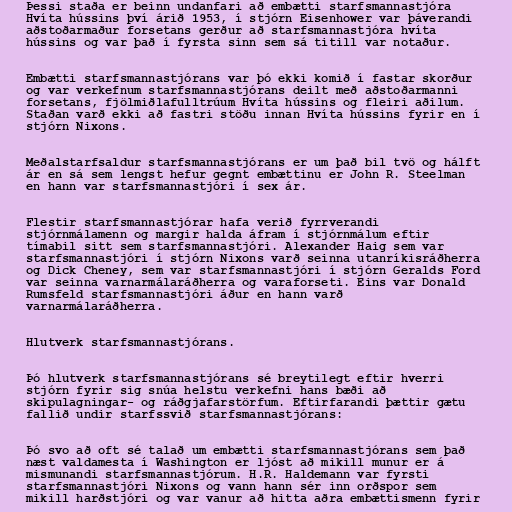
Þessi staða er beinn undanfari að embætti starfsmannastjóra
Hvíta hússins því árið 1953, í stjórn Eisenhower var þáverandi
aðstoðarmaður forsetans gerður að starfsmannastjóra hvíta
hússins og var það í fyrsta sinn sem sá titill var notaður.

Embætti starfsmannastjórans var þó ekki komið í fastar skorður
og var verkefnum starfsmannastjórans deilt með aðstoðarmanni
forsetans, fjölmiðlafulltrúum Hvíta hússins og fleiri aðilum.
Staðan varð ekki að fastri stöðu innan Hvíta hússins fyrir en í
stjórn Nixons.

Meðalstarfsaldur starfsmannastjórans er um það bil tvö og hálft
ár en sá sem lengst hefur gegnt embættinu er John R. Steelman
en hann var starfsmannastjóri í sex ár.

Flestir starfsmannastjórar hafa verið fyrrverandi
stjórnmálamenn og margir halda áfram í stjórnmálum eftir
tímabil sitt sem starfsmannastjóri. Alexander Haig sem var
starfsmannastjóri í stjórn Nixons varð seinna utanríkisráðherra
og Dick Cheney, sem var starfsmannastjóri í stjórn Geralds Ford
var seinna varnarmálaráðherra og varaforseti. Eins var Donald
Rumsfeld starfsmannastjóri áður en hann varð
varnarmálaráðherra.

Hlutverk starfsmannastjórans.

Þó hlutverk starfsmannastjórans sé breytilegt eftir hverri
stjórn fyrir sig snúa helstu verkefni hans bæði að
skipulagningar- og ráðgjafarstörfum. Eftirfarandi þættir gætu
fallið undir starfssvið starfsmannastjórans:

Þó svo að oft sé talað um embætti starfsmannastjórans sem það
næst valdamesta í Washington er ljóst að mikill munur er á
mismunandi starfsmannastjórum. H.R. Haldemann var fyrsti
starfsmannastjóri Nixons og vann hann sér inn orðspor sem
mikill harðstjóri og var vanur að hitta aðra embættismenn fyrir